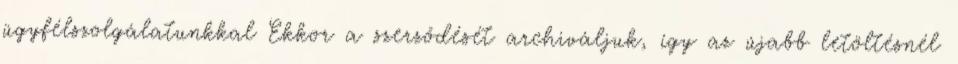
ügyfélszolgálatunkkal Ekkor a szerződését archiváljuk, így az újabb letöltésnél